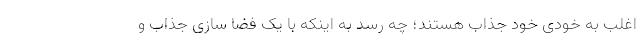
اغلب به خودی خود جذاب هستند؛ چه رسد به اینکه با یک فضا سازی جذاب و